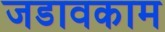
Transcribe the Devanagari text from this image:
जडावकाम